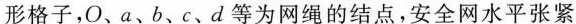
形格子，O、a、b、c、d等为网绳的结点，安全网水平张紧